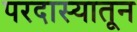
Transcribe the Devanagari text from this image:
परदास्यातून